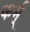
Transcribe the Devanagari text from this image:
कर्म्